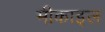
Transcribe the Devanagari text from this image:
मीकाइल